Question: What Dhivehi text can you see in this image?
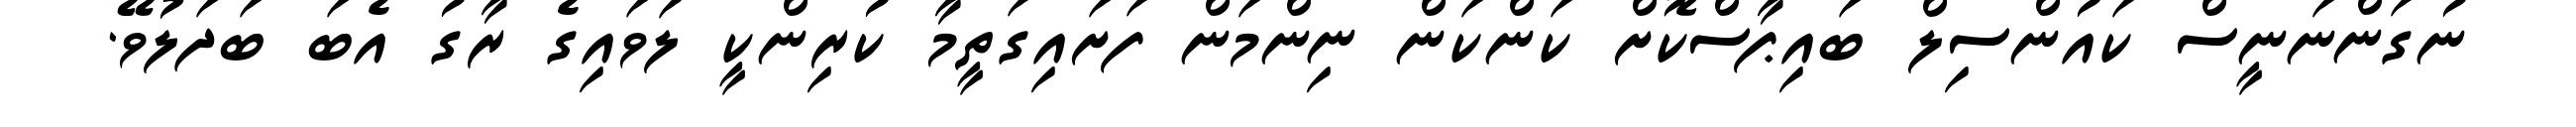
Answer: ނުގަންނަނީސް ކައުންސިލް ބައިޕާސްކޮށް ކަންކަން ނިންމަން ފަށައިގަތީމާ ކުރިންކީ ލަވައިގެ ރާގު އެބަ ބަދަލުވޭ.